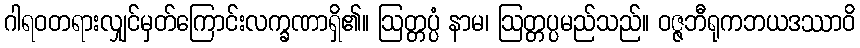
ဂါရဝတရားလျှင်မှတ်ကြောင်းလက္ခဏာရှိ၏။ ဩတ္တပ္ပံ နာမ၊ ဩတ္တပ္ပမည်သည်။ ဝဇ္ဇဘီရုကဘယဒဿာဝိ